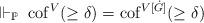
LaTeX: \begin{align*}\Vdash_{\mathbb{P}} \ \mathrm{cof}^V(\ge \delta) = \mathrm{cof}^{V[\dot{G}]}(\ge \delta)\end{align*}